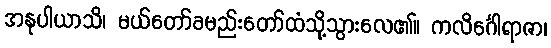
အနုပါယာသိ၊ မယ်တော်ခမည်းတော်ထံသို့သွားလေ၏။ ကလိင်္ဂေါရာဇာ၊